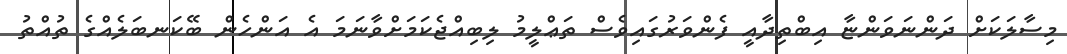
މިސާލަކަށް ދަންނަވަންޏާ އިބްތިދާއީ ފެންވަރުގައިވެސް ތަޢްލީމު ލިބިއްޖެކަމަށްވާނަމަ އެ އަންހެން ބޭކަނބަލެއްގެ ތުއްތު